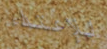
للإعتداء